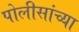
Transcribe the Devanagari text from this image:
पोलीसांच्या